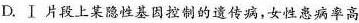
D.Ⅰ片段上某隐性基因控制的遗传病，女性患病率高